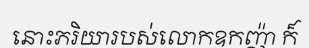
នោះភរិយារបស់លោកឧកញ៉ា ក៏